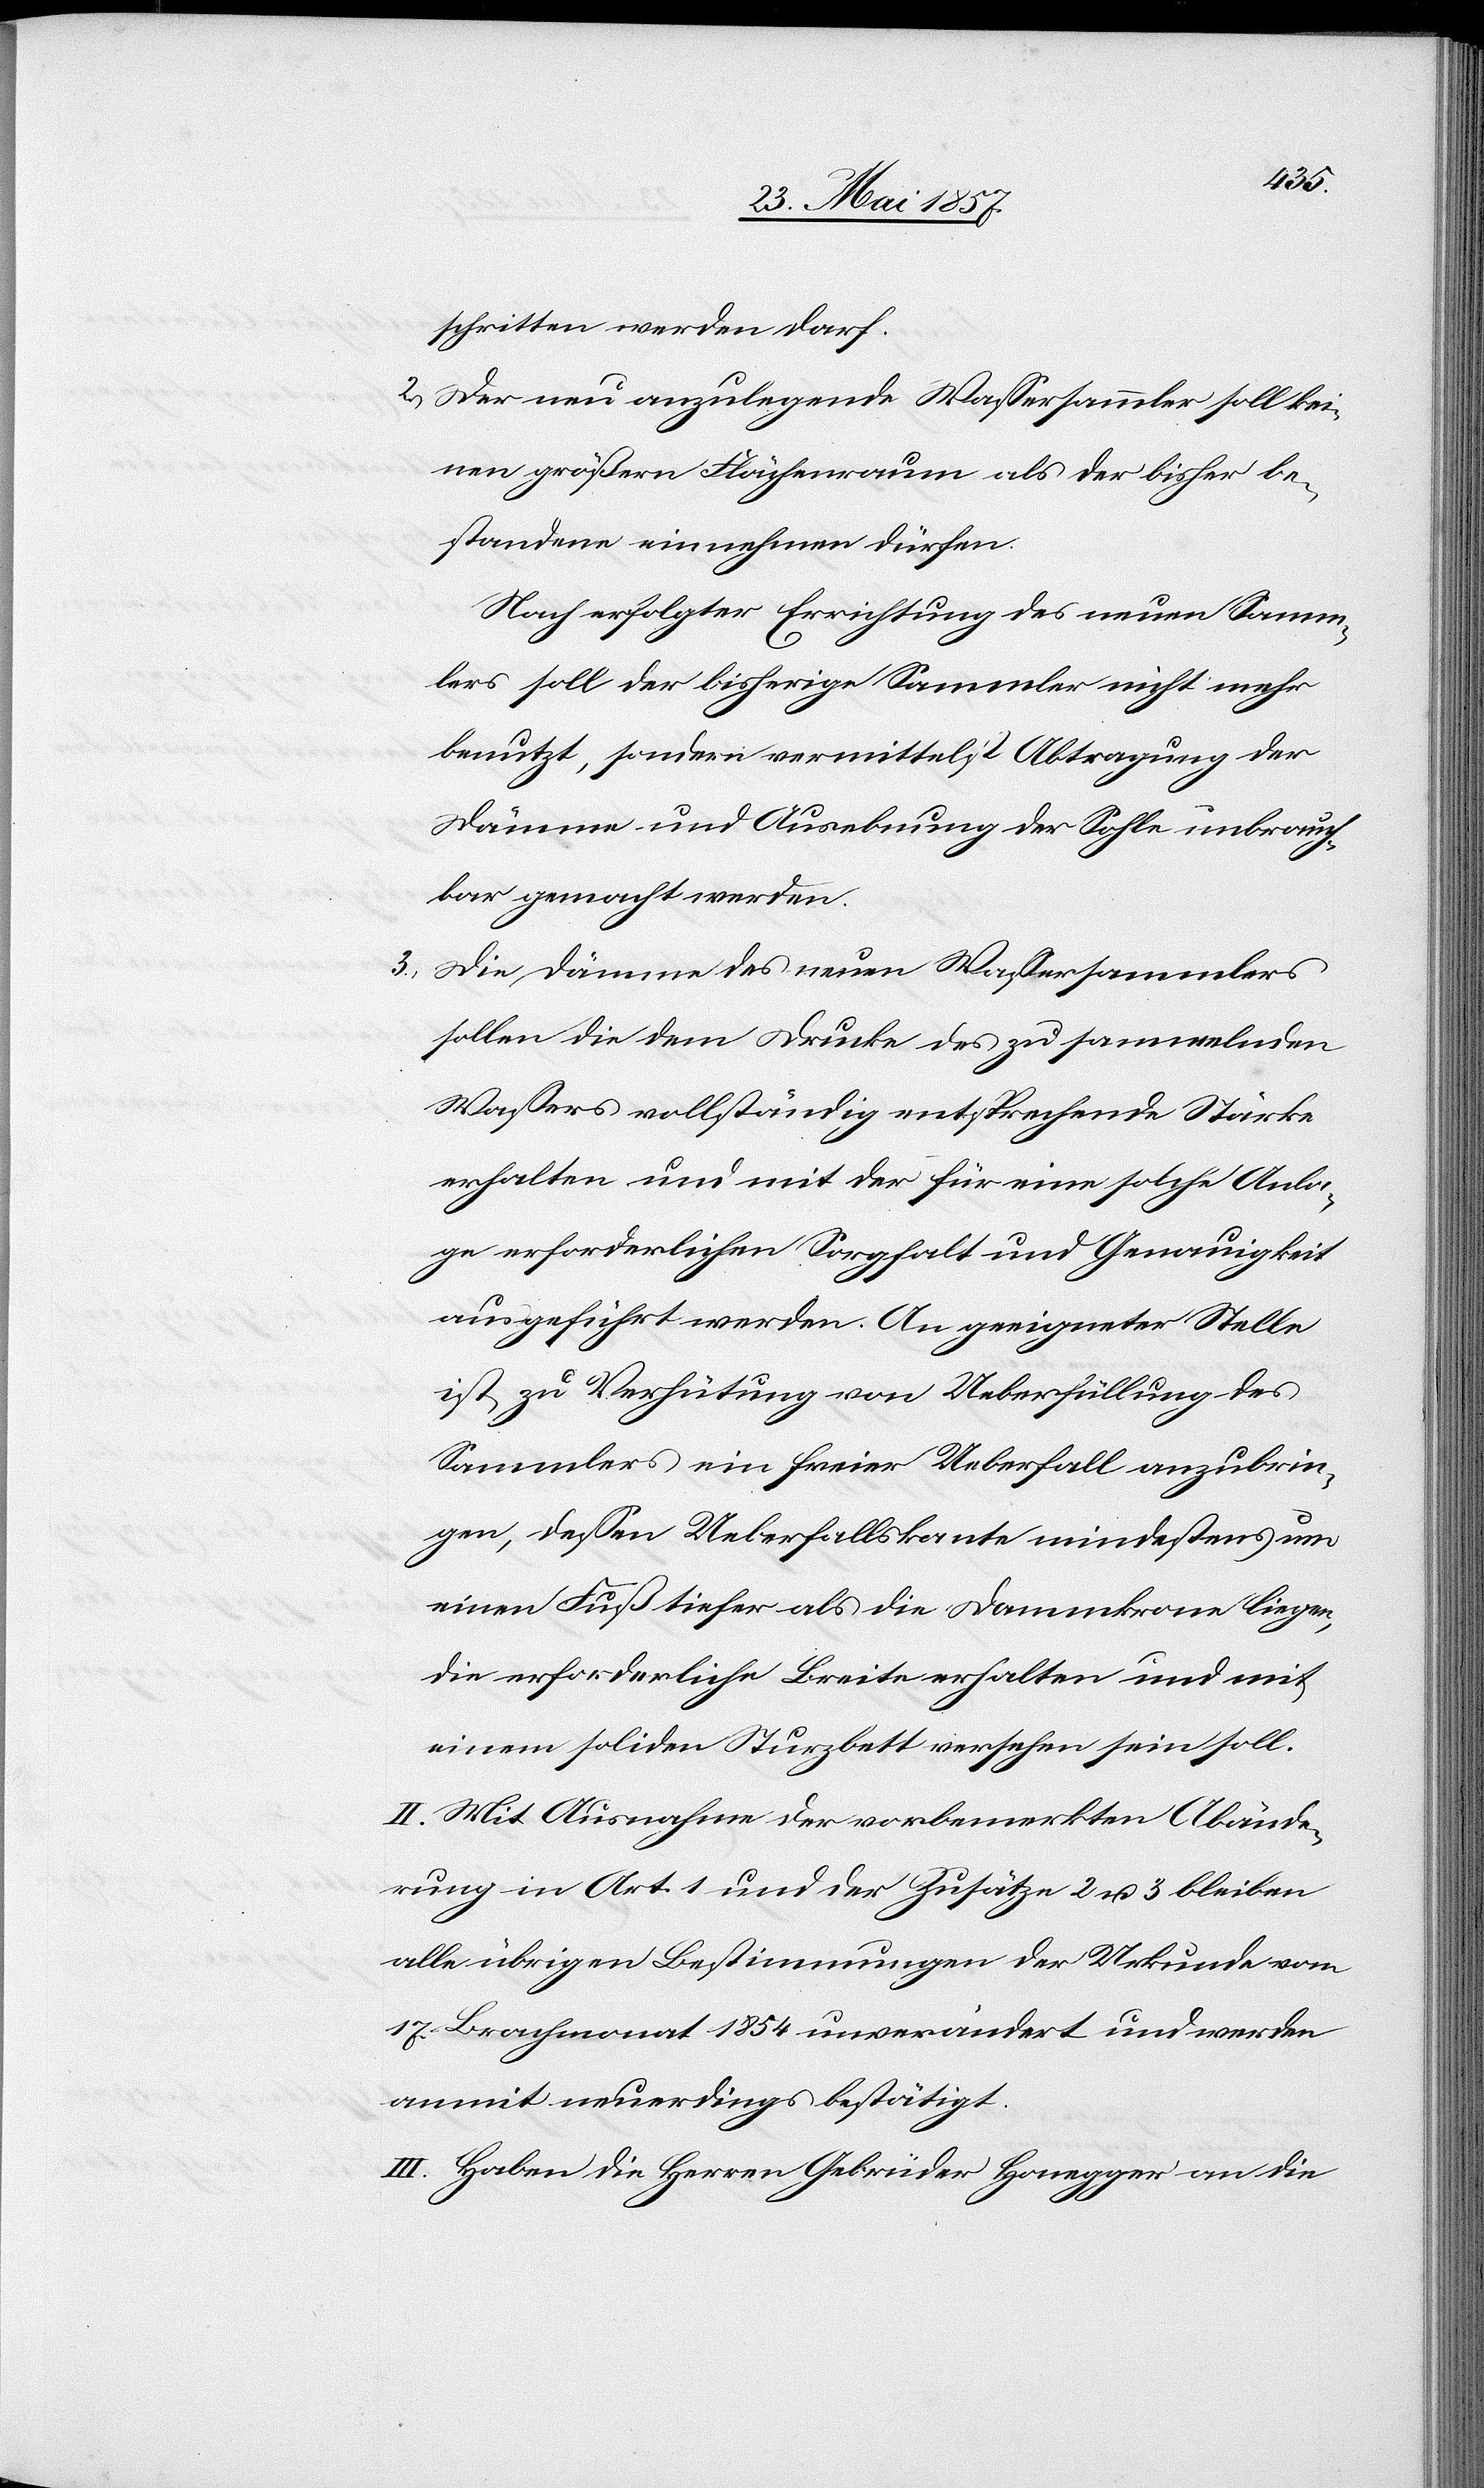
schritten werden darf.
2.) Der neu anzulegende Wassersammler soll kei¬
nen größern Flächenraum als der bisher be¬
standene einnehmen dürfen.
Nach erfolgter Errichtung des neuen Samm¬
lers soll der bisherige Sammler nicht mehr
benutzt, sondern vermittelst Abtragung der
Dämme und Ausebnung der Sohle unbrauch¬
bar gemacht werden.
3.) Die Dämme des neuen Wassersammlers
sollen die dem Drucke des zu sammelnden
Wassers vollständig entsprechende Stärke
erhalten und mit der für eine solche Anla¬
ge erforderlichen Sorgfalt und Genauigkeit
ausgeführt werden. An geeigneter Stelle
ist zu Verhütung von Ueberfüllung des
Sammlers ein freier Ueberfall anzubrin¬
gen, dessen Ueberfallskante mindestens um
einen Fuß tiefer als die Dammkrone liegen,
die erforderliche Breite erhalten und mit
einem soliden Sturzbett versehen sein soll.
II. Mit Ausnahme der vorbemerkten Abände¬
rung in Art. 1 und der Zusätze 2 & 3 bleiben
alle übrigen Bestimmungen der Urkunde vom
17 Brachmonat 1854 unverändert und werden
anmit neuerdings bestätigt.
III. Haben die Herren Gebrüder Honegger an die